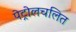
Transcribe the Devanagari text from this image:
पेट्रोलचलित